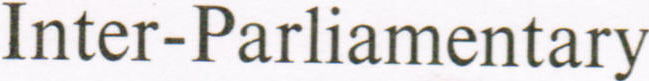
Inter-parliamentary